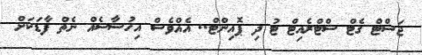
ޖަސްޓް ގެޓް ސްޓްރެއިޓް ޓު ދި ޕޮއިންޓް.. އެއްވެސް އިހުސާސެއް ނެތް ފާޑަކަށް